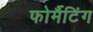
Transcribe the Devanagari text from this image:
फोर्मैटिंग